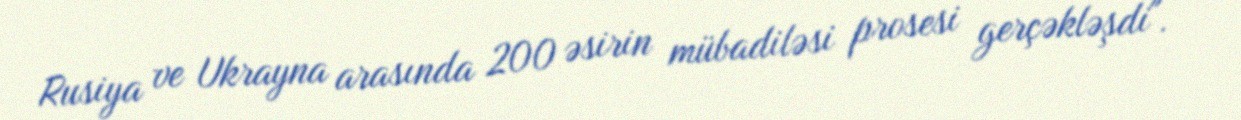
Rusiya ve Ukrayna arasında 200 əsirin mübadiləsi prosesi gerçəkləşdi".